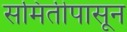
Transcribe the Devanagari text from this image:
समितीपासून